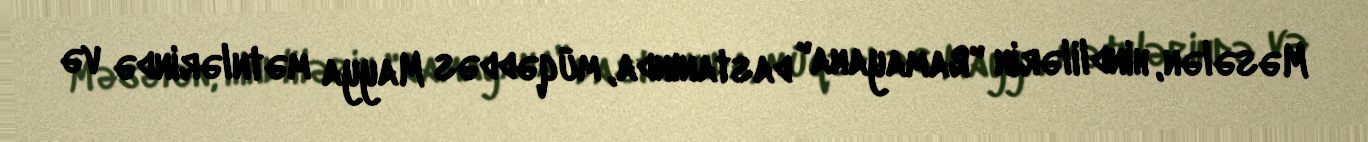
Məsələn, hindlilərin "Ramayana" dastanında, müqəddəs Mayya mətnlərində və